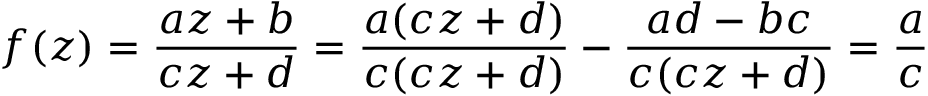
f ( z ) = { \frac { a z + b } { c z + d } } = { \frac { a ( c z + d ) } { c ( c z + d ) } } - { \frac { a d - b c } { c ( c z + d ) } } = { \frac { a } { c } }